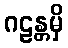
ဂဠန္တမှိ